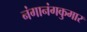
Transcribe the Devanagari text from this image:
नंगानंगकुमार